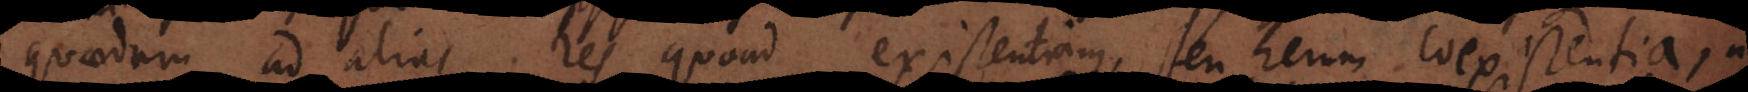
quaedam ad alias res quoad existentiam, seu rerum coexistentia, nam